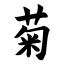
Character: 菊